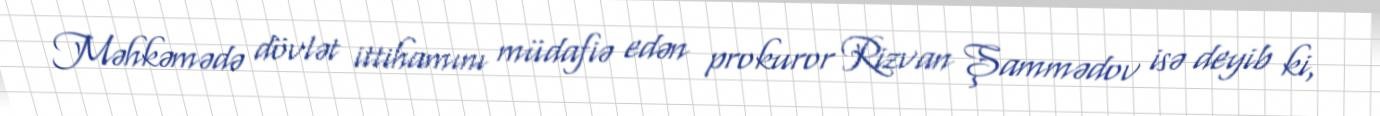
Məhkəmədə dövlət ittihamını müdafiə edən prokuror Rizvan Şammədov isə deyib ki,